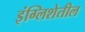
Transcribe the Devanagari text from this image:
इंग्लिशेतील